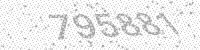
Solution: 795881